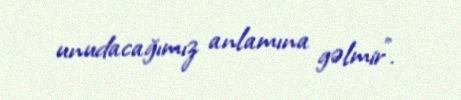
unudacağımız anlamına gəlmir".